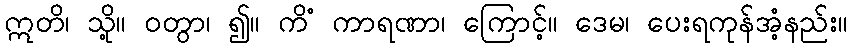
ဣတိ၊ သို့။ ဝတွာ၊ ၍။ ကိံ ကာရဏာ၊ ကြောင့်။ ဒေမ၊ ပေးရကုန်အံ့နည်း။